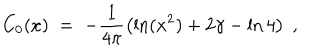
C _ { 0 } ( x ) \; = \; - \frac { 1 } { 4 \pi } \left( \ln ( x ^ { 2 } ) + 2 \gamma - \ln 4 \right) \; ,